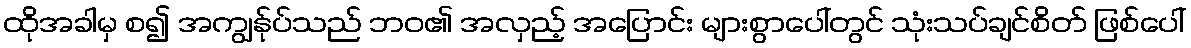
ထိုအခါမှ စ၍ အကျွန်ုပ်သည် ဘဝ၏ အလှည့် အပြောင်း များစွာပေါ်တွင် သုံးသပ်ချင်စိတ် ဖြစ်ပေါ်